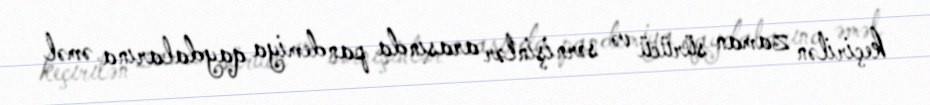
keçirilən zaman sürücü və sərnişinlər arasında pandemiya qaydalarına əməl